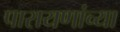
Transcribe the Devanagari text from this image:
पारायणांच्या